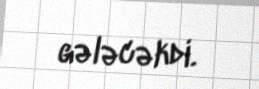
gələcəkdi.